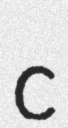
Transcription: c